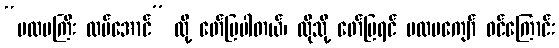
“ပထမကြီး ထပ်အောင်” လို့ ဖော်ပြပါတယ်၊ ထိုသို့ ဖော်ပြရင် ပထမကျော် ဝင်ကြောင်း